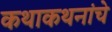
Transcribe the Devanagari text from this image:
कथाकथनांचे